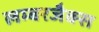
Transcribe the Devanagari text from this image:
लम्बरजैक्स